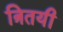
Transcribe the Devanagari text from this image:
त्रितयी